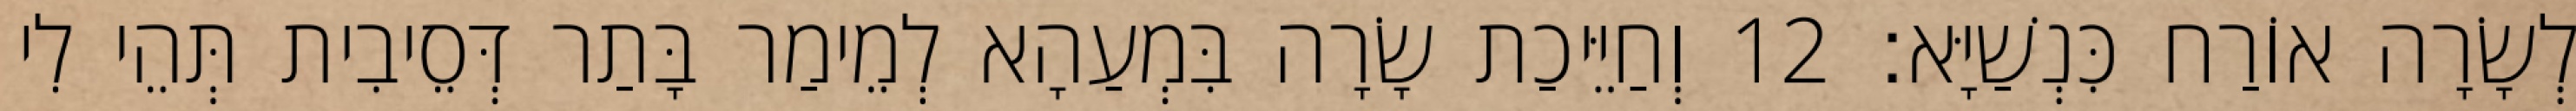
לְשָׂרָה אוֹרַח כִּנְשַׁיָּא׃ 12 וְחַיֵּיכַת שָׂרָה בִּמְעַהָא לְמֵימַר בָּתַר דְּסֵיבִית תְּהֵי לִי